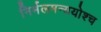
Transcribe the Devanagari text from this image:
निर्मलमन्ययोश्च